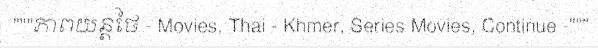
"""ភាពយន្តថៃ - Movies, Thai - Khmer, Series Movies, Continue -"""